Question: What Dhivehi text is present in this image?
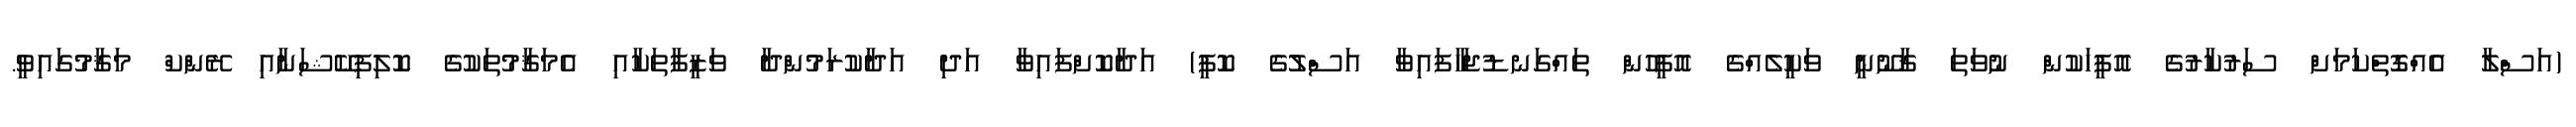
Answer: (އަސްލާ އެއްގޮތްކަމަށް ސަރުކާރުގެ އޮފީހަކުން ނުވަތަ ޤާނޫނީ ވަކީލެއްގެ އޮފީހުން ތައްގަނޑުޖަހާފައިވާ އަސްލުގެ ކޮޕީ) އަދާކޮށްފައިވާ އަދި އަދާކުރަމުންދާ ވަޒީފާތަކާއި އެމަޤާމުތަކުގެ ކޮލިފިކޭޝަނާއި ރޭންކް މަޤާމުގައިވީ.